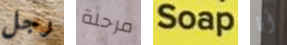
رجل مرحلة Soap أنا